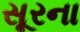
સૂરના